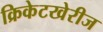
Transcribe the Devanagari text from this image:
क्रिकेटखेरीज